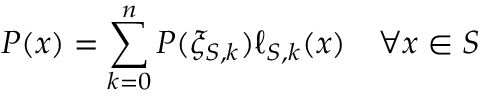
P ( x ) = \sum _ { k = 0 } ^ { n } P ( \xi _ { S , k } ) \ell _ { S , k } ( x ) \quad \forall x \in S